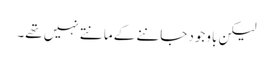
لیکن باوجود جاننے کے مانتے نہیں تھے۔